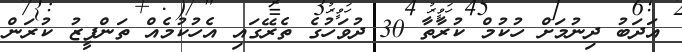
އަދަބު ދިނުމަށް ހުކުމް ކުރާތާ 30 ދުވަހުގެ ތެރޭގައި އެހުކުމެއް ތަންފީޒު ކުރަން